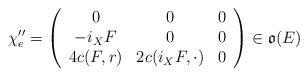
\begin{align*} \chi''_e & = \left( \begin{array}{ccc} 0 & 0 & 0\\ - i_X F & 0 & 0\\ 4c(F,r) & 2c(i_X F,\cdot) & 0 \end{array}\right) \in \mathfrak{o}(E) \end{align*}